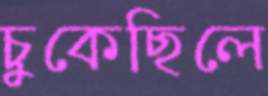
চুকেছিলে